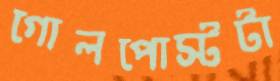
গোলপোস্টটা